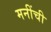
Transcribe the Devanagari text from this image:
मनींची